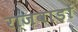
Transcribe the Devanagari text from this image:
राजवाड़ों